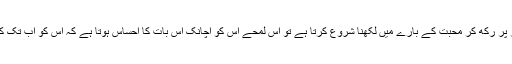
پھر جب وہ اپنا ٹائپ رائٹر میز پر رکھ کر محبت کے بارے میں لکھنا شروع کرتا ہے تو اس لمحے اس کو اچانک اس بات کا احساس ہوتا ہے کہ اس کو اب تک کسی سے محبت نہیں ہوئی ہے۔